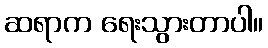
ဆရာက ရေးသွားတာပါ။